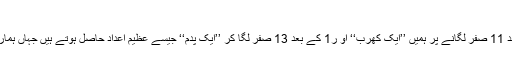
معجزاتی سالمہ : ڈی این اے
اب ذرا غور کیجئے تو معلوم ہوگا کہ 1 کے بعد 11 صفر لگانے پر ہمیں ’’ایک کھرب‘‘ او ر1 کے بعد 13 صفر لگا کر ’’ایک پدم‘‘ جیسے عظیم اعداد حاصل ہوتے ہیں جہاں ہماری گنتی کے پیمانے بھی جواب دے جاتے ہیں۔